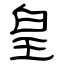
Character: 皇